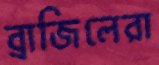
ব্রাজিলেরা